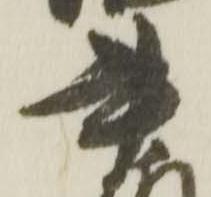
書